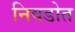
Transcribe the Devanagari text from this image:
निवडोत